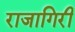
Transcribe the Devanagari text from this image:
राजागिरी